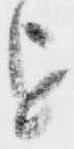
を